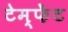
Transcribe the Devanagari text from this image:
टेम्फेंट